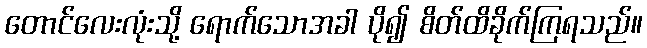
တောင်လေးလုံးသို့ ရောက်သောအခါ ပို၍ စိတ်ထိခိုက်ကြရသည်။